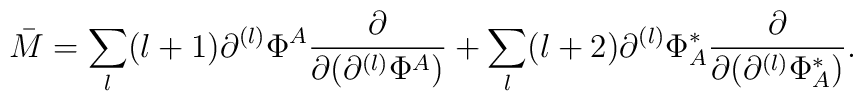
\bar{M}=\sum_l (l+1)\partial^{(l)}\Phi^A\frac{\partial}{\partial (\partial^{(l)}\Phi^A )}+\sum_l(l+2)\partial^{(l)}\Phi^*_A\frac{\partial}{\partial (\partial^{(l)}\Phi^*_A )}.